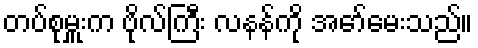
တပ်စုမှူးက ဗိုလ်ကြီး လနန်ကို အော်မေးသည်။